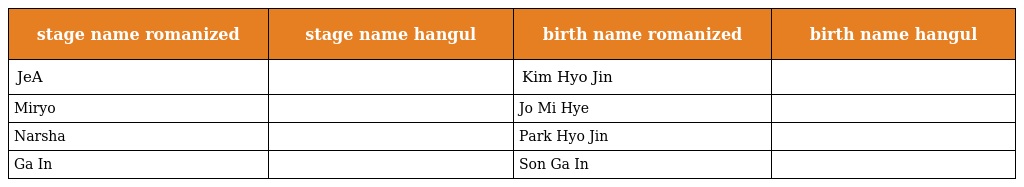
| stage name romanized | stage name hangul | birth name romanized | birth name hangul |
 | --- | --- | --- | --- |
 | JeA | 제아 | Kim Hyo Jin | 김효진 |
 | Miryo | 미료 | Jo Mi Hye | 조미혜 |
 | Narsha | 나르샤 | Park Hyo Jin | 박효진 |
 | Ga In | 가인 | Son Ga In | 손가인 |